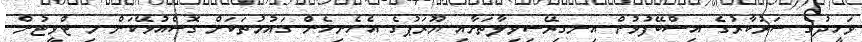
ވަހީދުގެ ސަރުކާރުގެ އިސްބޭފުޅުން އިނގިރޭސިވިލާތަށާއި ޔޫރަޕުގެ އެހެނިހެން ގައުމުތަކަށް ގޮސްއުޅޭކަން މި ޓްވީޓުން